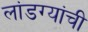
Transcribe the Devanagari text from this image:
लांडग्यांची